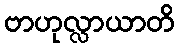
ဗာဟုလ္လာယာတိ